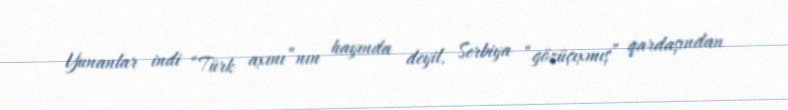
Yunanlar indi “Türk axını”nın hayında deyil, Serbiya “gözüçıxmış” qardaşından